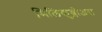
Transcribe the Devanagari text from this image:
मिलिकुश्शोअरा